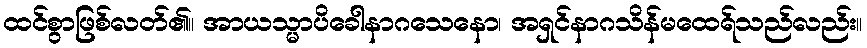
ထင်စွာဖြစ်လတ်၏။ အာယသ္မာပိခေါနာဂသေနော၊ အရှင်နာဂသိန်မထေရ်သည်လည်း။